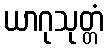
ယာဂုသုတ္တံ